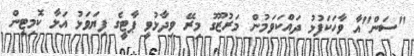
"ސަން"އާ ވާހަކަފުޅު ދައްކަވަމުން މަރުޒޫގު މިރޭ ވިދާޅުވީ ޕާޓީގެ ފިޔަވަޅު އަޅާ ކޮމިޓީން